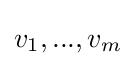
v_{1},...,v_{m}